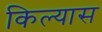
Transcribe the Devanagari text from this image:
किल्यास